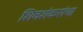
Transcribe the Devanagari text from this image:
शिवशंकरांचा